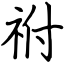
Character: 祔